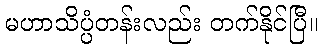
မဟာသိပ္ပံတန်းလည်း တက်နိုင်ပြီ။